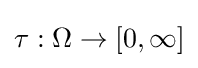
\tau :\Omega \rightarrow [0,\infty ]